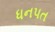
ધનપત